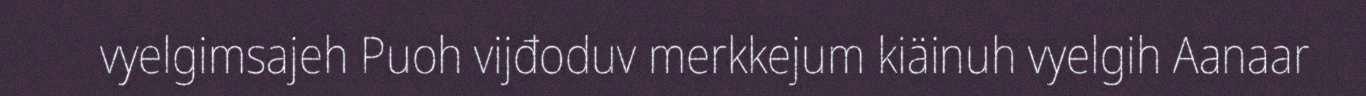
vyelgimsajeh Puoh vijđoduv merkkejum kiäinuh vyelgih Aanaar